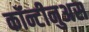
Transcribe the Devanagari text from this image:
कॉन्टीनुअस